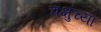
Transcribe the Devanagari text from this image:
चक्षुंच्या